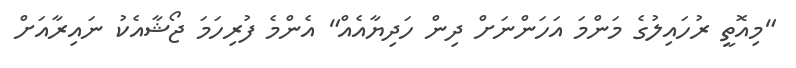
"މިއޮތީ ރުހައިލުގެ މަންމަ އަހަންނަށް ދިން ހަދިޔާއެއް" އެންމެ ފުރިހަމަ ޖޯޝާއެކު ނައިރާއަށް